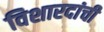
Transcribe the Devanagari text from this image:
विशारदांची